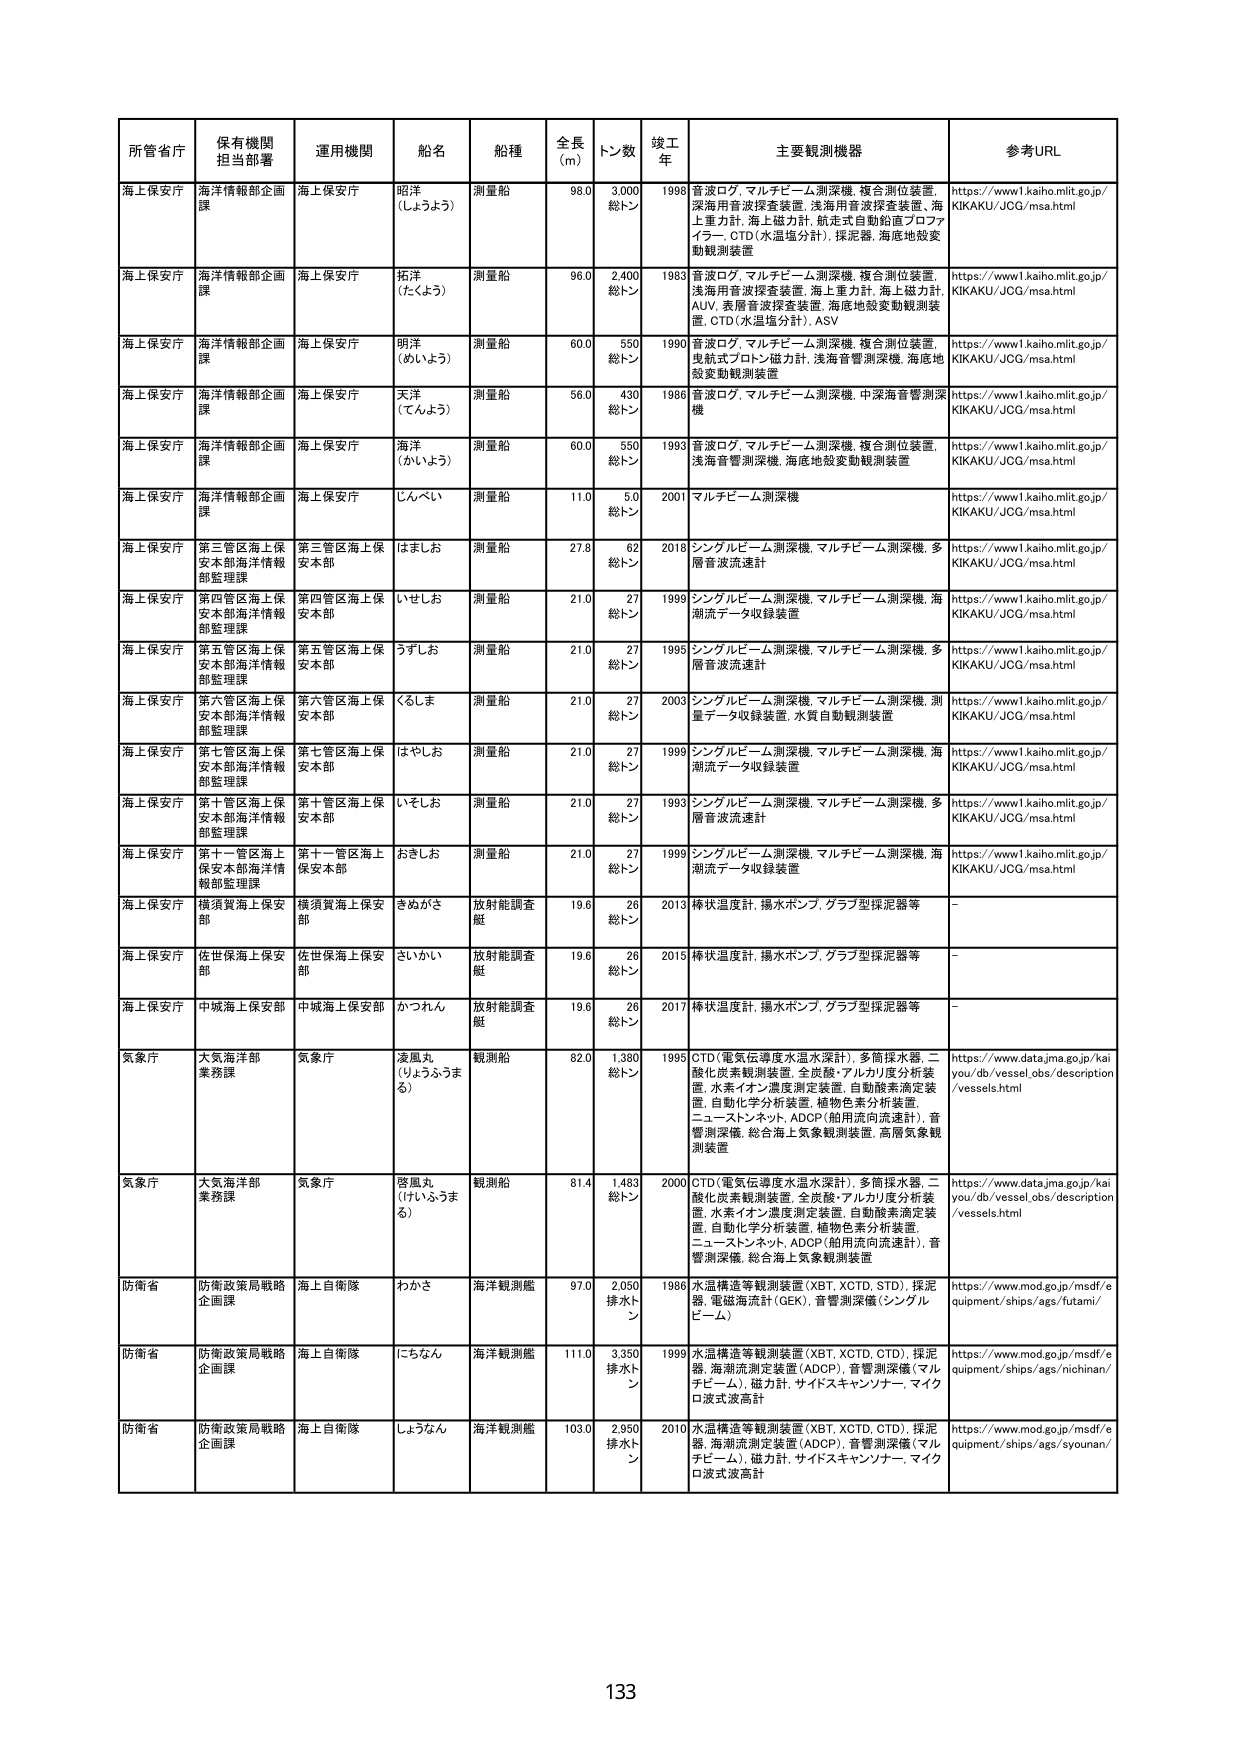
所管省庁 保有機関担当部署 運用機関 船名 船種 全長(m) トン数 竣工年 主要観測機器 参考URL
海上保安庁 海洋情報部企画課 海上保安庁 昭洋（しょうよう） 測量船 98.0 3,000総トン 1998 音波ログ、マルチビーム測深機、複合測位装置、深海用音波探査装置、浅海用音波探査装置、海上重力計、海上磁力計、航走式自動鉛直プロファイラー、CTD（水温塩分計）、採泥器、海底地殻変動観測装置 https://www1.kaiho.mlit.go.jp/KIKAKU/JCG/msa.html
海上保安庁 海洋情報部企画課 海上保安庁 拓洋（たくよう） 測量船 96.0 2,400総トン 1983 音波ログ、マルチビーム測深機、複合測位装置、浅海用音波探査装置、海上重力計、海上磁力計、AUV、発層音波探査装置、海底地殻変動観測装置、CTD（水温塩分計）、ASV https://www1.kaiho.mlit.go.jp/KIKAKU/JCG/msa.html
海上保安庁 海洋情報部企画課 海上保安庁 明洋（めいよう） 測量船 60.0 550総トン 1990 音波ログ、マルチビーム測深機、複合測位装置、曳航式プロトン磁力計、浅海音響測深機、海底地殻変動観測装置 https://www1.kaiho.mlit.go.jp/KIKAKU/JCG/msa.html
海上保安庁 海洋情報部企画課 海上保安庁 天洋（てんよう） 測量船 56.0 430総トン 1986 音波ログ、マルチビーム測深機、中深海音響測深機 https://www1.kaiho.mlit.go.jp/KIKAKU/JCG/msa.html
海上保安庁 海洋情報部企画課 海上保安庁 海洋（かいよう） 測量船 60.0 550総トン 1993 音波ログ、マルチビーム測深機、複合測位装置、浅海音響測深機、海底地殻変動観測装置 https://www1.kaiho.mlit.go.jp/KIKAKU/JCG/msa.html
海上保安庁 海洋情報部企画課 海上保安庁 じんべい 測量船 11.0 5.0総トン 2001 マルチビーム測深機 https://www1.kaiho.mlit.go.jp/KIKAKU/JCG/msa.html
海上保安庁 第三管区海上保安本部海洋情報部監理課 第三管区海上保安本部 はましお 測量船 27.8 62総トン 2018 シングルビーム測深機、マルチビーム測深機、多層音波流速計 https://www1.kaiho.mlit.go.jp/KIKAKU/JCG/msa.html
海上保安庁 第四管区海上保安本部海洋情報部監理課 第四管区海上保安本部 いせしお 測量船 21.0 27総トン 1999 シングルビーム測深機、マルチビーム測深機、海潮流データ収録装置 https://www1.kaiho.mlit.go.jp/KIKAKU/JCG/msa.html
海上保安庁 第五管区海上保安本部海洋情報部監理課 第五管区海上保安本部 うずしお 測量船 21.0 27総トン 1995 シングルビーム測深機、マルチビーム測深機、多層音波流速計 https://www1.kaiho.mlit.go.jp/KIKAKU/JCG/msa.html
海上保安庁 第六管区海上保安本部海洋情報部監理課 第六管区海上保安本部 くらしま 測量船 21.0 27総トン 2003 シングルビーム測深機、マルチビーム測深機、測量データ収録装置、水質自動観測装置 https://www1.kaiho.mlit.go.jp/KIKAKU/JCG/msa.html
海上保安庁 第七管区海上保安本部海洋情報部監理課 第七管区海上保安本部 はやしお 測量船 21.0 27総トン 1999 シングルビーム測深機、マルチビーム測深機、海潮流データ収録装置 https://www1.kaiho.mlit.go.jp/KIKAKU/JCG/msa.html
海上保安庁 第十管区海上保安本部海洋情報部監理課 第十管区海上保安本部 いそしお 測量船 21.0 27総トン 1993 シングルビーム測深機、マルチビーム測深機、多層音波流速計 https://www1.kaiho.mlit.go.jp/KIKAKU/JCG/msa.html
海上保安庁 第十一管区海上保安本部海洋情報部監理課 第十一管区海上保安本部 おきしお 測量船 21.0 27総トン 1999 シングルビーム測深機、マルチビーム測深機、海潮流データ収録装置 https://www1.kaiho.mlit.go.jp/KIKAKU/JCG/msa.html
海上保安庁 横須賀海上保安部 横須賀海上保安部 きぬがさ 放射能調査艇 19.6 26総トン 2013 棒状温度計、揚水ポンプ、グラブ型採泥器等 -
海上保安庁 佐世保海上保安部 佐世保海上保安部 さいかい 放射能調査艇 19.6 26総トン 2015 棒状温度計、揚水ポンプ、グラブ型採泥器等 -
海上保安庁 中城海上保安部 中城海上保安部 かつれん 放射能調査艇 19.6 26総トン 2017 棒状温度計、揚水ポンプ、グラブ型採泥器等 -
気象庁 大気海洋部業務課 気象庁 凌風丸（りょうふうまる） 観測船 82.0 1,380総トン 1995 CTD（電気伝導度水温水深計）、多筒採水器、二酸化炭素観測装置、全炭酸・アルカリ度分析装置、水素イオン濃度測定装置、自動酸素測定装置、自動化学分析装置、植物色素分析装置、ニューストンネット、ADCP（舶用流内流速計）、音響測深機、総合海上気象観測装置、高層気象観測装置 https://www.data.jma.go.jp/kaiyou/db/vessel_obs/description/vessels.html
気象庁 大気海洋部業務課 気象庁 啓風丸（けいふうまる） 観測船 81.4 1,483総トン 2000 CTD（電気伝導度水温水深計）、多筒採水器、二酸化炭素観測装置、全炭酸・アルカリ度分析装置、水素イオン濃度測定装置、自動酸素測定装置、自動化学分析装置、植物色素分析装置、ニューストンネット、ADCP（舶用流内流速計）、音響測深機、総合海上気象観測装置 https://www.data.jma.go.jp/kaiyou/db/vessel_obs/description/vessels.html
防衛省 防衛政策局戦略企画課 海上自衛隊 わかさ 海洋観測艦 97.0 2,050排水トン 1986 水温構造等観測装置（XBT、XCTD、STD）、採泥器、電磁海流計（GEK）、音響測深機（シングルビーム） https://www.mod.go.jp/msdf/equipment/ships/ags/futami/
防衛省 防衛政策局戦略企画課 海上自衛隊 にちなん 海洋観測艦 111.0 3,350排水トン 1999 水温構造等観測装置（XBT、XCTD、CTD）、採泥器、海潮流測定装置（ADCP）、音響測深機（マルチビーム）、磁力計、サイドスキャンソナー、マイクロ波式波高計 https://www.mod.go.jp/msdf/equipment/ships/ags/nichinan/
防衛省 防衛政策局戦略企画課 海上自衛隊 しょうなん 海洋観測艦 103.0 2,950排水トン 2010 水温構造等観測装置（XBT、XCTD、CTD）、採泥器、海潮流測定装置（ADCP）、音響測深機（マルチビーム）、磁力計、サイドスキャンソナー、マイクロ波式波高計 https://www.mod.go.jp/msdf/equipment/ships/ags/syouunan/
133